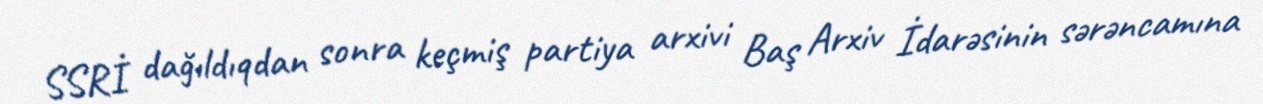
SSRİ dağıldıqdan sonra keçmiş partiya arxivi Baş Arxiv İdarəsinin sərəncamına